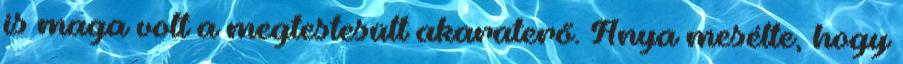
is maga volt a megtestesült akaraterő. Anya mesélte, hogy